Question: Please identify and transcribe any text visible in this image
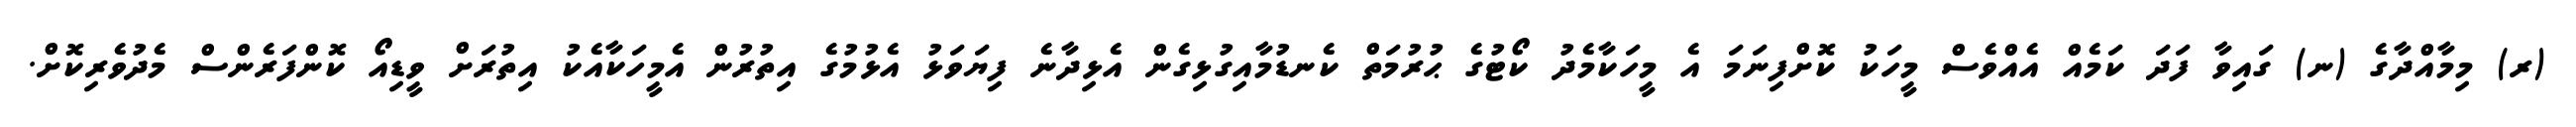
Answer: (ރ) މިމާއްދާގެ (ނ) ގައިވާ ފަދަ ކަމެއް އެއްވެސް މީހަކު ކޮށްފިނަމަ އެ މީހަކާމެދު ކޯޓުގެ ޙުރުމަތް ކެނޑުމާއިގުޅިގެން އެޅިދާނެ ފިޔަވަޅު އެޅުމުގެ އިތުރުން އެމީހަކާއެކު އިތުރަށް ވީޑިއޯ ކޮންފަރެންސް މެދުވެރިކޮށް.